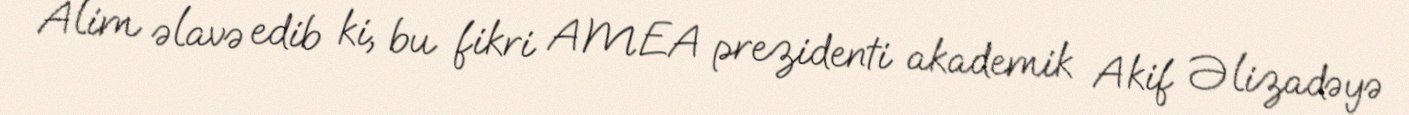
Alim əlavə edib ki, bu fikri AMEA prezidenti akademik Akif Əlizadəyə